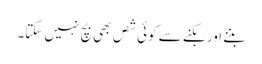
بننے اور بکنے سے کوئی شص بھی بچ نہیں سکتا۔